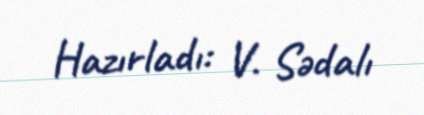
Hazırladı: V. Sədalı